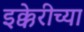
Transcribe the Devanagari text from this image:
इक्केरीच्या